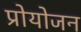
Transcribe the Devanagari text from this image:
प्रोयोजन